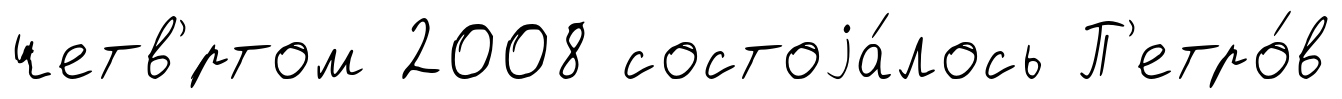
четв'́ртом 2008 состоjа́лось П'етро́в